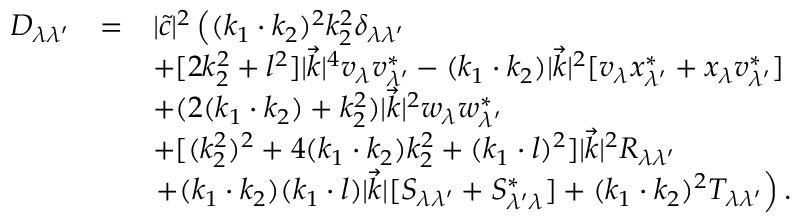
\begin{array} { l c l } { { { \cal D } _ { \lambda \lambda ^ { \prime } } } } & { { = } } & { { | \tilde { c } | ^ { 2 } \left( ( k _ { 1 } \cdot k _ { 2 } ) ^ { 2 } k _ { 2 } ^ { 2 } \delta _ { \lambda \lambda ^ { \prime } } \right. } } \\ { { } } & { { } } & { { + [ 2 k _ { 2 } ^ { 2 } + l ^ { 2 } ] | \vec { k } | ^ { 4 } v _ { \lambda } v _ { \lambda ^ { \prime } } ^ { * } - ( k _ { 1 } \cdot k _ { 2 } ) | \vec { k } | ^ { 2 } [ v _ { \lambda } x _ { \lambda ^ { \prime } } ^ { * } + x _ { \lambda } v _ { \lambda ^ { \prime } } ^ { * } ] } } \\ { { } } & { { } } & { { + ( 2 ( k _ { 1 } \cdot k _ { 2 } ) + k _ { 2 } ^ { 2 } ) | \vec { k } | ^ { 2 } w _ { \lambda } w _ { \lambda ^ { \prime } } ^ { * } } } \\ { { } } & { { } } & { { + [ ( k _ { 2 } ^ { 2 } ) ^ { 2 } + 4 ( k _ { 1 } \cdot k _ { 2 } ) k _ { 2 } ^ { 2 } + ( k _ { 1 } \cdot l ) ^ { 2 } ] | \vec { k } | ^ { 2 } R _ { \lambda \lambda ^ { \prime } } } } \\ { { } } & { { } } & { { \left. + ( k _ { 1 } \cdot k _ { 2 } ) ( k _ { 1 } \cdot l ) | \vec { k } | [ S _ { \lambda \lambda ^ { \prime } } + S _ { \lambda ^ { \prime } \lambda } ^ { * } ] + ( k _ { 1 } \cdot k _ { 2 } ) ^ { 2 } T _ { \lambda \lambda ^ { \prime } } \right) . } } \end{array}